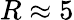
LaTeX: R\approx 5